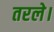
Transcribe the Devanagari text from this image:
तरले।